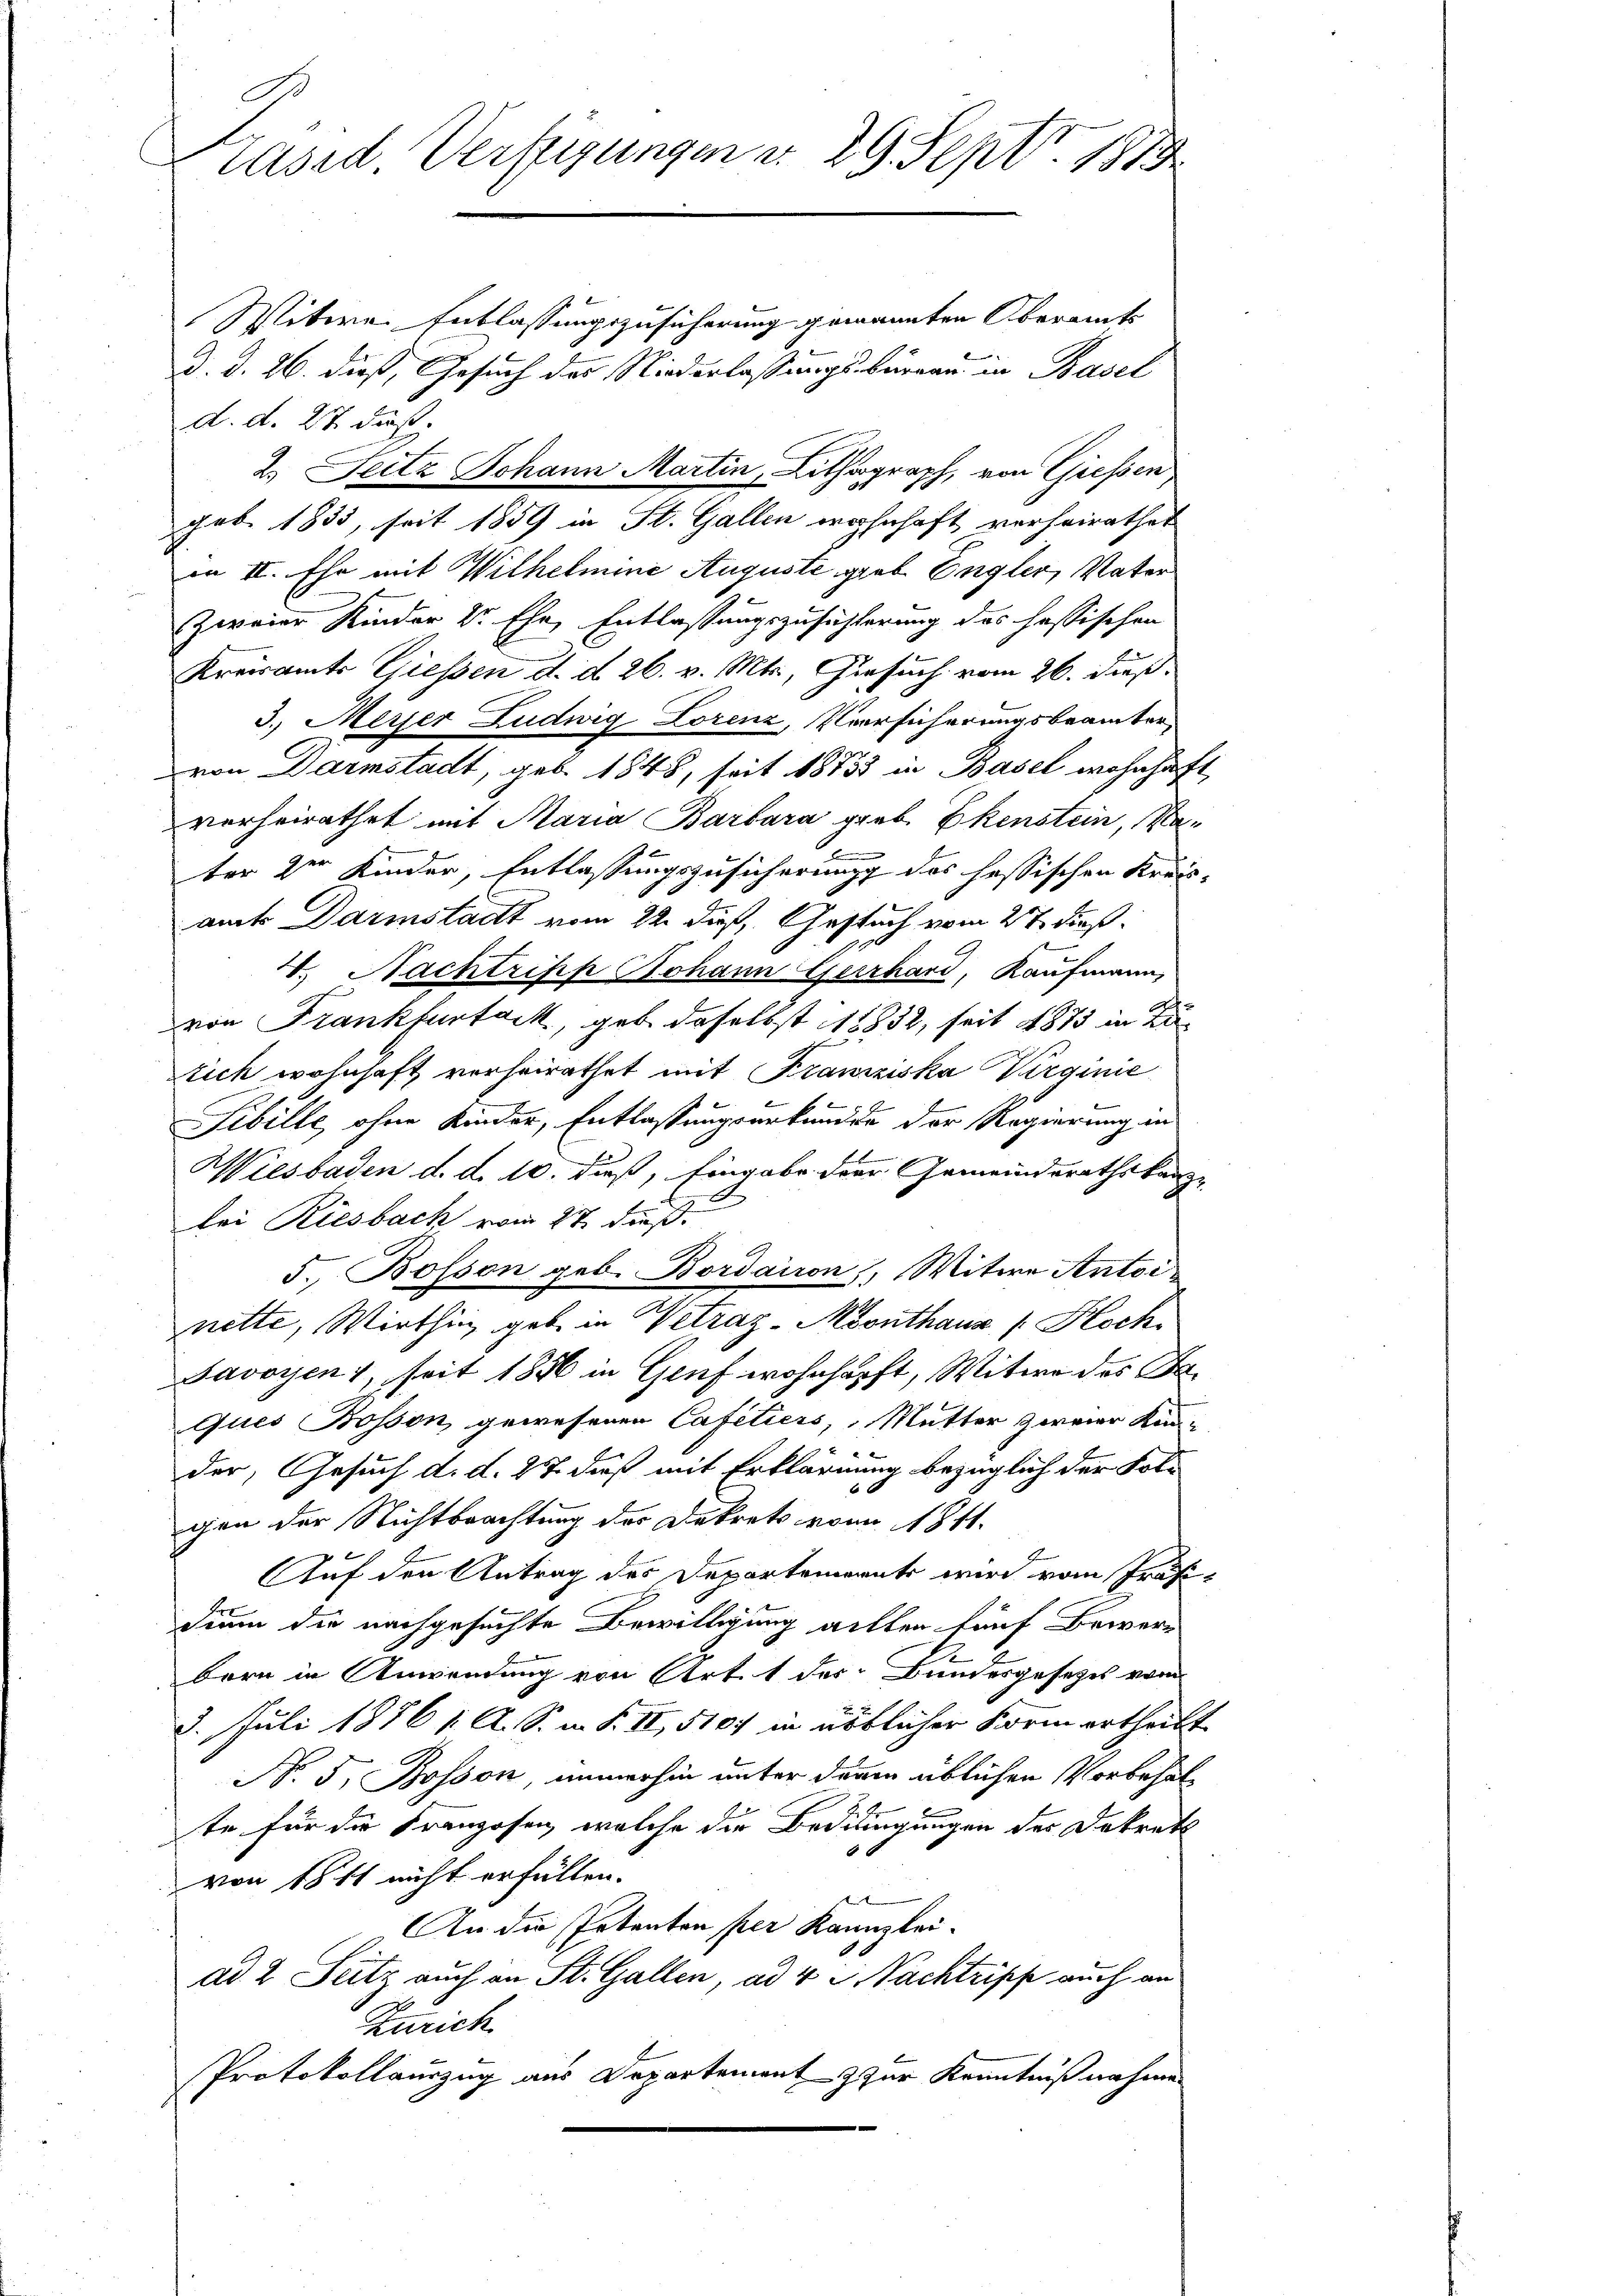
g
Präsid. Verfügungen d. 29. Sept. 1819

Witwe Entlassungszusicherung genannten Oberamts
d. d. 26. dieß, Gesuch des Niederlassungs-Büreau in Basel
d. d. 27. daß
2.) Seitz Johann Martin, Lithograph, von Giessen
Feb. 1835, seit 1859 in St. Gallen wohnhaft verheirathet
in II. Ehe mit Wilhelmine Auguste grab Engler, Vater
Zweier Kinder v. Ehe, Entlassungszusichterung des hassischen
Kreisamts Giessen d. d. 26. v. Mts., Gesuch vom 26. dieß,
3.) Merjer Ludwig Lorenz, Versicherungsbeamter,
von Darmstadt, geb. 1848, seit 18733 in Basel wohnhaft,
vorheirathet mit Maria Barbara grab Ekenstein, Ma

ter der Kinder, Entlassungszusicherung des hessischen Kreis-
amte Darmstadt vom 22. dieß, Gestuch vom 27. dß.
4. Nachtripp Johann Gerhard, Kaufmann,
von Frankfurtack, geb. daselbst 18832, seit 1873 in Zutich wohnhaft verheirathet mit Franziska Virginie
Sibille, ohne Kinder, Entlassungsurkunde der Regierung in
Wiesbaden d. d. 10. dieß, Eingabe der Gemeindsrathskanzlei Riesbach vom 22. daß
5 Bosson geb. Bordairon, Witwe Antoi
nette, Wirthin gab in Vetrag-Monthaus Hoch
Javoyen, seit 1856 in Genf wohnhärft, Witwe des Beques Bosson, gewesenen Cafetiers, Mutter zweier Kin-
der, Gesuch d. d. 27. dieß mit Erklärung bezüglich der Folgen der Nichtbrachtung des Dekrets von 1811.
Auf den Antrag des Departements wird vom Präsi-
dium die nachgesuchte Bewilligung alten fünf Bewerbern in Anwendung von Art. 1 des Bundesgesetzes vom
2. Juli 1876 / A. S. i. S. II, 5107 in üblicher Form ertheilt
Nr. 5. Bosson, immerhin unter denen üblichen Vorbehalx
te für die Franzosen, welche die Bedingungen des Dekret
von 1811 nicht erfüllen.
An die Petenten per Kanzlei-
ad 2. Seitz auch an St. Gallen, ad 4 2 Nachtrische auch an
Zürich
Protokollauszug aus Departement & zur Kenntnißnahme